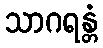
သာဂရန္တံ